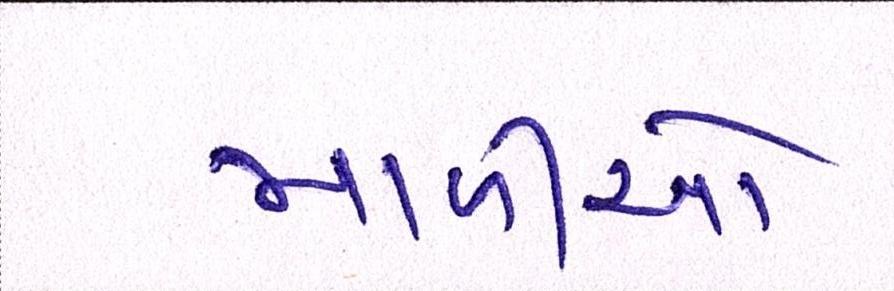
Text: માળીઓ